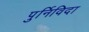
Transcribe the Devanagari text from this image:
पुर्निविदा